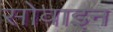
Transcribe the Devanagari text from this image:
सोवाइन